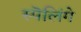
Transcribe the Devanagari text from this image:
स्पॆलिंगे